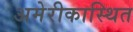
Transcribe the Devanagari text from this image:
अमेरीकास्थित